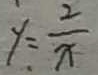
y = \frac { 2 } { x }